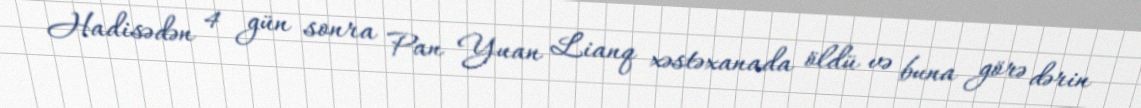
Hadisədən 4 gün sonra Pan Yuan Lianq xəstəxanada öldü və buna görə dərin